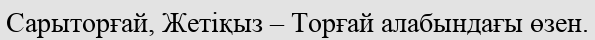
Сарыторғай, Жетіқыз – Торғай алабындағы өзен.